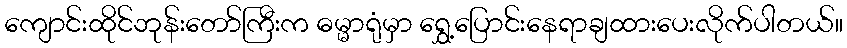
ကျောင်းထိုင်ဘုန်းတော်ကြီးက ဓမ္မာရုံမှာ ရွှေ့ပြောင်းနေရာချထားပေးလိုက်ပါတယ်။